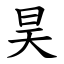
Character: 昊